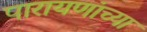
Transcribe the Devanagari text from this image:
पारायणांच्या